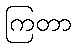
ကြတာ